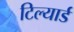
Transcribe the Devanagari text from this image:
टिल्यार्ड